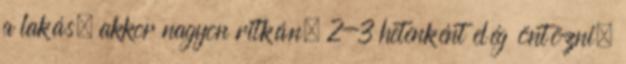
a lakás, akkor nagyon ritkán; 2-3 hetenként elég öntözni.